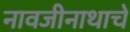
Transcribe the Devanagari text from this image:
नावजीनाथाचे